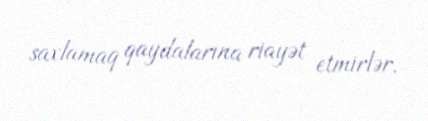
saxlamaq qaydalarına riayət etmirlər.